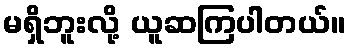
မရှိဘူးလို့ ယူဆကြပါတယ်။